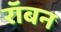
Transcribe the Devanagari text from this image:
रॉबन